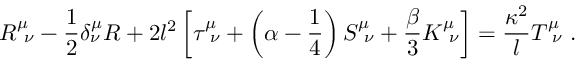
R _ { \ \nu } ^ { \mu } - { \frac { 1 } { 2 } } \delta _ { \nu } ^ { \mu } R + 2 l ^ { 2 } \left[ \tau _ { \ \nu } ^ { \mu } + \left( \alpha - { \frac { 1 } { 4 } } \right) { \cal S } _ { \ \nu } ^ { \mu } + { \frac { \beta } { 3 } } { \cal K } _ { \ \nu } ^ { \mu } \right] = { \frac { \kappa ^ { 2 } } { l } } T _ { \ \nu } ^ { \mu } \ .